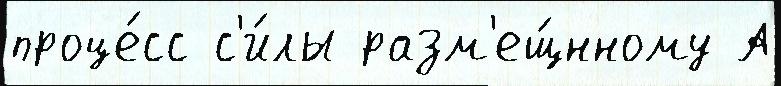
проце́сс с'и́лы разм'ещ́нному А